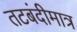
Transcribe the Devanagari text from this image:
तटबंदीमात्र